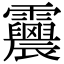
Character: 𩇀